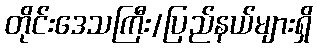
တိုင်းဒေသကြီး/ပြည်နယ်များရှိ